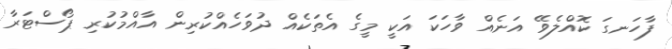
ފާހަނގަ ކޮއްލެވޭ އަނެއް ވާހަކަ އަކީ މީގެ އެތަކެއް ދުވަހެއްކުރިން އާއްމުކުރި ޕޯސްޓަރާ